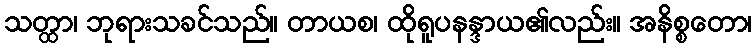
သတ္ထာ၊ ဘုရားသခင်သည်။ တာယစ၊ ထိုရူပနန္ဒာယ၏လည်း။ အနိစ္စတော၊